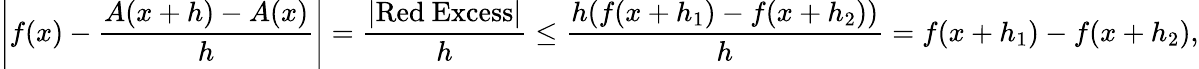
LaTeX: \left|f(x)-{\frac{A(x+h)-A(x)}{h}}\right|={\frac{|{\mathrm{Red~Excess}}|}{h}}\leq{\frac{h(f(x+h_{1})-f(x+h_{2}))}{h}}=f(x+h_{1})-f(x+h_{2}),